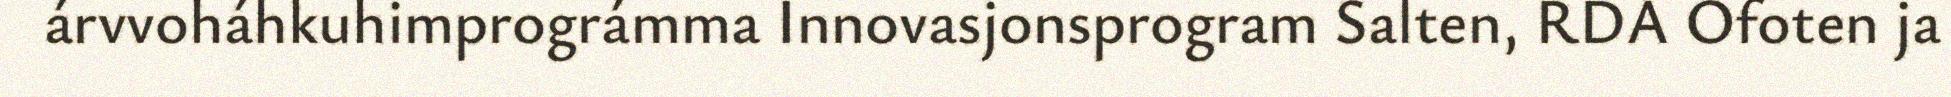
árvvoháhkuhimprográmma Innovasjonsprogram Salten, RDA Ofoten ja